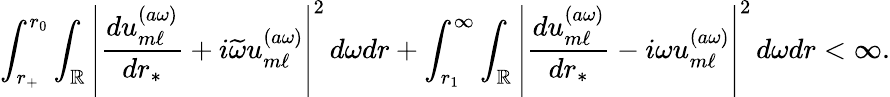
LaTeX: \int_{r_{+}}^{r_{0}}\int_{\mathbb{R}}\left|\frac{du_{m\ell}^{(a\omega)}}{dr_{*}}+i\widetilde{\omega}u_{m\ell}^{(a\omega)}\right|^{2}\, d\omega dr+\int_{r_{1}}^{\infty}\int_{\mathbb{R}}\left|\frac{du_{m\ell}^{(a\omega)}}{dr_{*}}-i\omega u_{m\ell}^{(a\omega)}\right|^{2}\, d\omega dr<\infty.